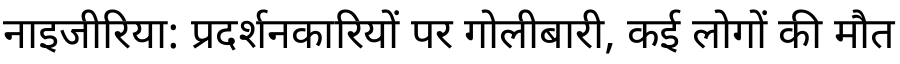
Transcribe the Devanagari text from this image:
नाइजीरिया: प्रदर्शनकारियों पर गोलीबारी, कई लोगों की मौत